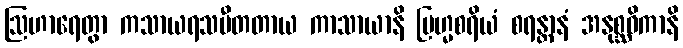
ဩဟာရေတွာ ကသာယရသပီတတာယ ကာသာယာနိ ဗြဟ္မစရိယံ စရန္တာနံ အနုစ္ဆဝိကာနိ